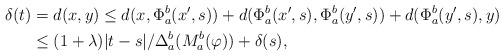
LaTeX: \begin{align*} \delta(t) &=d(x,y)\le d(x,\Phi^b_a(x',s))+d(\Phi^b_a(x',s),\Phi^b_a(y',s))+d(\Phi^b_a(y',s),y) \\ &\le (1+\lambda)|t-s|/\Delta^b_a(M^b_a(\varphi))+\delta(s), \end{align*}